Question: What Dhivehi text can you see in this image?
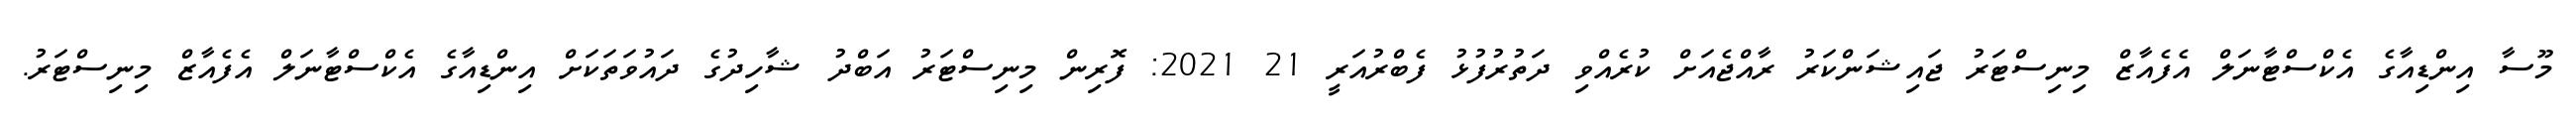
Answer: މޫސާ އިންޑިއާގެ އެކްސްޓާނަލް އެފެއާޒް މިނިސްޓަރު ޖައިޝަންކަރު ރާއްޖެއަށް ކުރެއްވި ދަތުރުފުޅު ފެބްރުއަރީ 21 2021: ފޮރިން މިނިސްޓަރު އަބްދު ޝާހިދުގެ ދައުވަތަކަށް އިންޑިއާގެ އެކްސްޓާނަލް އެފެއާޒް މިނިސްޓަރު.